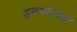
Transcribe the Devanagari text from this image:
हतगडच्या